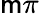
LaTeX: \mathsf{m}\pi